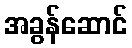
အခွန်ဆောင်